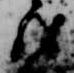
殊